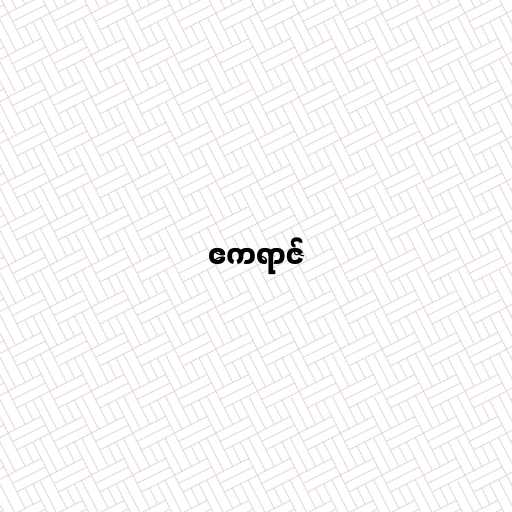
ဧကရာဇ်